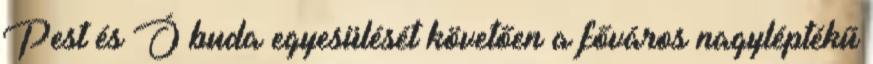
Pest és Ó buda egyesülését követően a főváros nagyléptékű